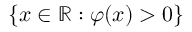
\{ x \in \mathbb { R } : \varphi ( x ) > 0 \}